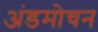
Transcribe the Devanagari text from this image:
अंडमोचन